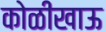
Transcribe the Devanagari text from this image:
कोळीखाऊ